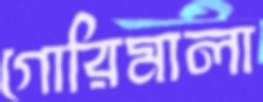
গোরিমালা